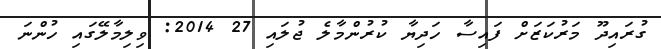
ގުރައިދޫ މަރުކަޒަށް ފައިސާ ހަދިޔާ ކުރުންމާލެ ޖުލައި 27 2014: ވިލިމާލޭގައި ހުންނަ